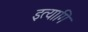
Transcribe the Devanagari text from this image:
इत्यागि